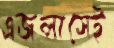
এজলাসেই